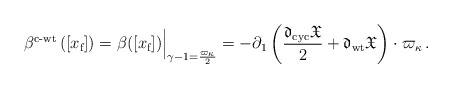
\begin{align*}\bigl. \beta^{\textup{c-wt}}\left(\left[x_{\textup{f}}\right]\right)=\beta([x_{\textup{f}}])\Bigr \vert_{\gamma-1=\frac{\varpi_{\kappa}}{2}}= -\partial_1\left (\frac{\frak{d}_{\textup{cyc}}\frak{X}}{2}+\frak{d}_{\textup{wt}}\frak{X}\right )\cdot \varpi_ {\kappa}\,.\end{align*}